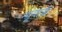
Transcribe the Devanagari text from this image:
न्यूयार्क़